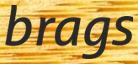
brags